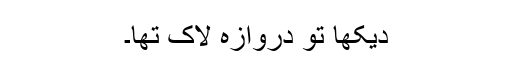
دیکھا تو دروازہ لاک تھا۔